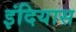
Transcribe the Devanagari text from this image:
इंदियास